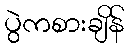
ပွဲကစားချိန်